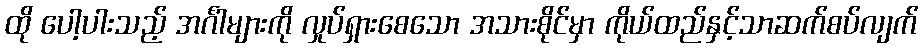
ထို ပေါ့ပါးသည့် အင်္ဂါများကို လှုပ်ရှားစေသော အသားစိုင်မှာ ကိုယ်ထည်နှင့်သာဆက်စပ်လျက်